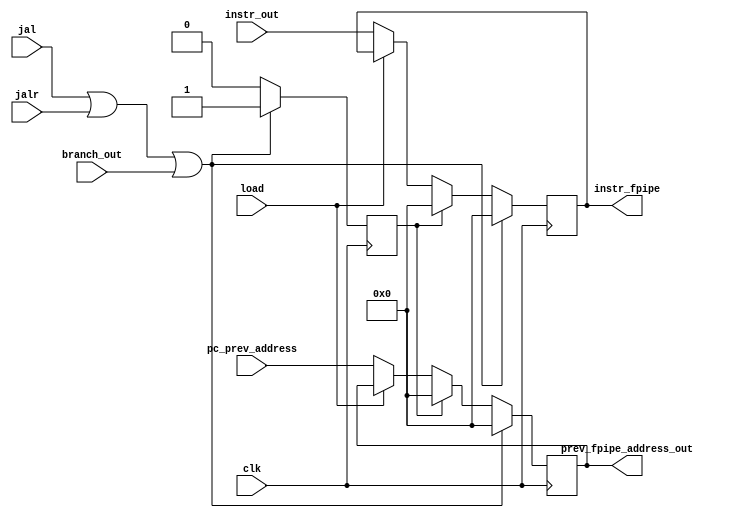
module fetch_pipe(
  input wire         clk,
  input wire         jal,
  input wire         jalr,
  input wire         branch_out,
  input wire         load,
  input wire  [31:0] instr_out,
  input wire  [31:0] pc_prev_address,

  output reg [31:0] prev_fpipe_address_out,
  output reg [31:0] instr_fpipe
);

//   reg [31:0] prev_fpipe_address_out, instr_fpipe;
  reg flush_pipeline;

  always @ (posedge clk) begin
    if (jal | jalr | branch_out) begin
      // If jal, jalr, or branch out is high, flush the pipeline for one cycle
      prev_fpipe_address_out <= 32'b0;
      instr_fpipe <= 32'b0;
      flush_pipeline <= 1; // Set flag to flush for one cycle
    end 
    else if (flush_pipeline) begin
      // Stall the pipeline for one additional cycle after flushing
      prev_fpipe_address_out <= 32'b0;
      instr_fpipe <= 32'b0;
      flush_pipeline <= 0; // Reset flag after one cycle stall
    end
    else if (load) begin
      //stall pipeline
      prev_fpipe_address_out <= prev_fpipe_address_out;
      instr_fpipe <= instr_fpipe;
    end
    else begin
      // For other instructions, proceed normally
      prev_fpipe_address_out <= pc_prev_address;
      instr_fpipe <= instr_out;
    end
  end

//   assign prev_fpipe_address_out_out = prev_fpipe_address_out;
//   assign instr_fpipetion = instr_fpipe;
endmodule